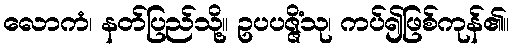
လောကံ၊ နတ်ပြည်သို့။ ဥပပဇ္ဇိံသု၊ ကပ်၍ဖြစ်ကုန်၏။